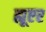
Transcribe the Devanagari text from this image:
ह्यूएर